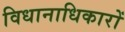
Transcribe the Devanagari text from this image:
विधानाधिकारों